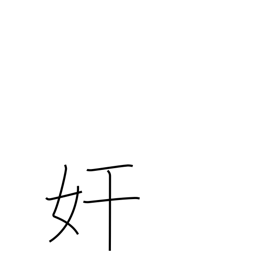
Meaning: mischief